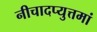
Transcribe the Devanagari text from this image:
नीचादप्युत्तमां